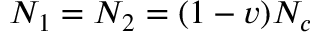
N _ { 1 } = N _ { 2 } = ( 1 - v ) N _ { c }